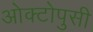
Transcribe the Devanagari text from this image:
ओक्टोपुसी